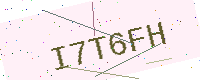
Text: I7T6FH